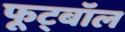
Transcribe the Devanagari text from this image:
फूट्बॉल